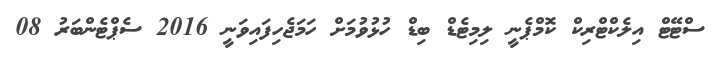
ސްޓޭޓް އިލެކްޓްރިކް ކޮމްޕެނީ ލިމިޓެޑް ބިޑް ހުޅުވުމަށް ހަމަޖެހިފައިވަނީ 2016 ސެޕްޓެންބަރު 08